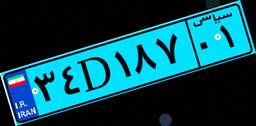
۱۲D۳۷۴۳۷